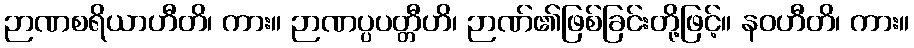
ဉာဏစရိယာဟီတိ၊ ကား။ ဉာဏပ္ပပတ္တီဟိ၊ ဉာဏ်၏ဖြစ်ခြင်းတို့ဖြင့်။ နဝဟီတိ၊ ကား။